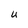
Character: u